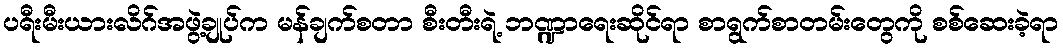
ပရီးမီးယားလိဂ်အဖွဲ့ချုပ်က မန်ချက်စတာ စီးတီးရဲ့ ဘဏ္ဍာရေးဆိုင်ရာ စာရွက်စာတမ်းတွေကို စစ်ဆေးခဲ့ရာ